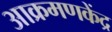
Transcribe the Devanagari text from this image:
आक्रमणकेंद्र